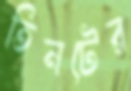
তিনটের